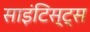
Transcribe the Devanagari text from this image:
साइंटिस्ट्स